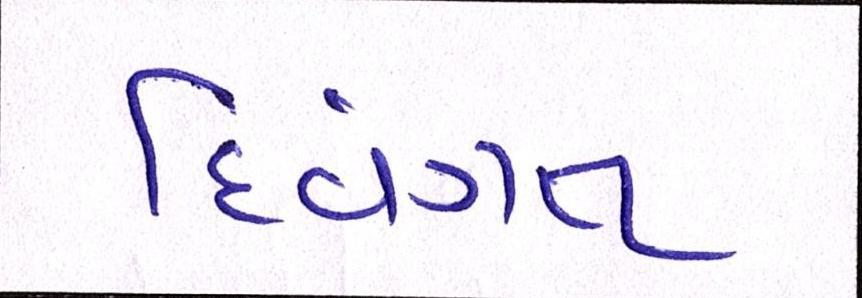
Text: દિવંગત